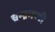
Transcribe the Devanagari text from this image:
चन्द्रमणी